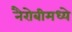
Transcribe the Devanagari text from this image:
नैरोबीमध्ये